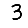
Digit: 3